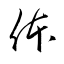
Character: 体